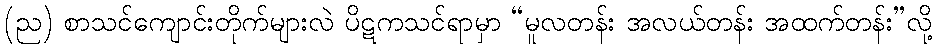
(ည) စာသင်ကျောင်းတိုက်များလဲ ပိဋကသင်ရာမှာ “မူလတန်း အလယ်တန်း အထက်တန်း”လို့